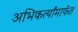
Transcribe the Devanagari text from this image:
अभिकर्त्यांमार्फत